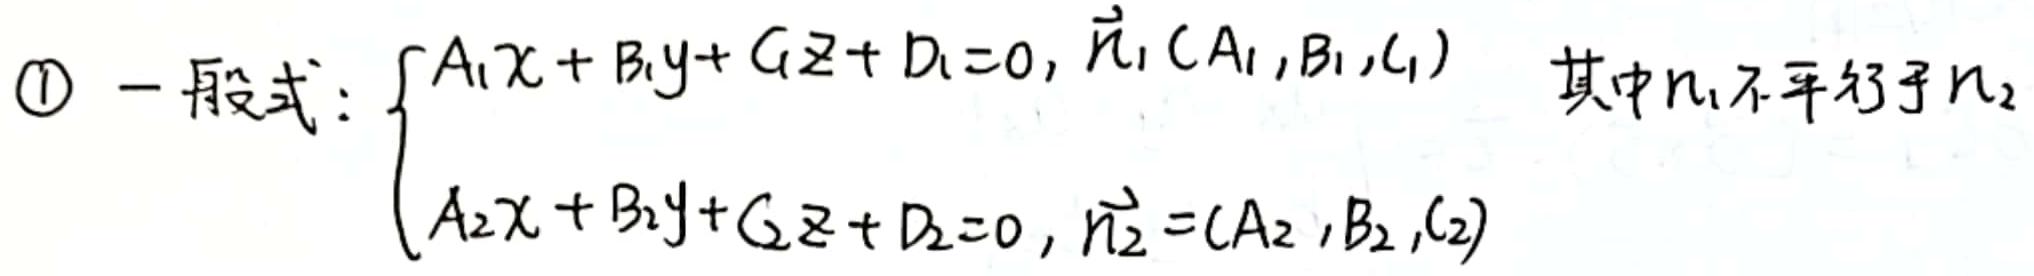
$\textcircled{1}$ 一般式：$\begin{cases}A_1x + B_1y + C_1z + D_1 = 0, \vec{n}_1(A_1,B_1,C_1)\\A_2x + B_2y + C_2z + D_2 = 0, \vec{n}_2=(A_2,B_2,C_2)\end{cases}$ 其中$\vec{n}_1$不平行于$\vec{n}_2$